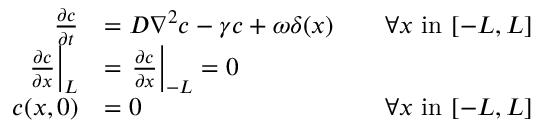
\begin{array} { r l r } { \frac { \partial c } { \partial t } } & { = D \nabla ^ { 2 } c - \gamma c + \omega \delta ( x ) } & { \quad \forall x \mathrm { ~ i n ~ } [ - L , L ] } \\ { \left. \frac { \partial c } { \partial x } \right| _ { L } } & { = \left. \frac { \partial c } { \partial x } \right| _ { - L } = 0 } \\ { c ( x , 0 ) } & { = 0 } & { \forall x \mathrm { ~ i n ~ } [ - L , L ] } \end{array}